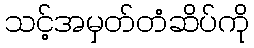
သင့်အမှတ်တံဆိပ်ကို